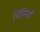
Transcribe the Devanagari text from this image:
चिनियाँ